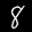
Label: 8